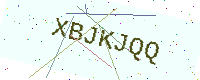
Text: XBJKJQQ